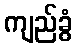
ကျည်ခွံ